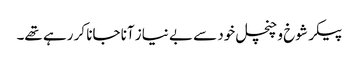
پیکر شوخ و چنچل خود سے بے نیاز آنا جانا کر رہے تھے۔